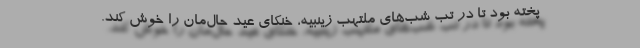
پخته بود تا در تب شب‌های ملتهب زینبیه، خنکای عید حال‌مان را خوش کند.